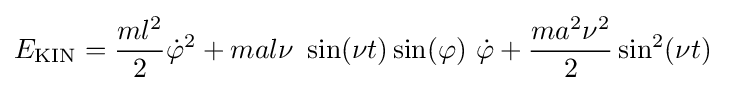
E_{\mathrm {KIN} }={\frac {ml^{2}}{2}}{\dot {\varphi }}^{2}+mal\nu ~\sin(\nu t)\sin(\varphi )~{\dot {\varphi }}+{\frac {ma^{2}\nu ^{2}}{2}}\sin ^{2}(\nu t)\;